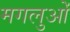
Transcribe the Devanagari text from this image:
मगलुओं